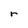
Character: r